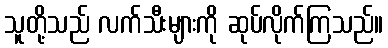
သူတို့သည် လက်သီးများကို ဆုပ်လိုက်ကြသည်။